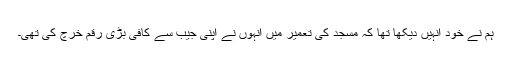
ہم نے خود انہیں دیکھا تھا کہ مسجد کی تعمیر میں انہوں نے اپنی جیب سے کافی بڑی رقم خرچ کی تھی۔